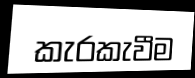
කැරකැවීම